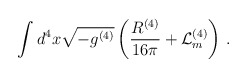
\begin{align*}\int d^4 x \sqrt{-g^{(4)}} \left(\frac{R^{(4)}}{16 \pi} +\mathcal{L}^{(4)}_m\right)\, .\end{align*}